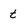
Character: t